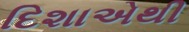
દિશાએથી